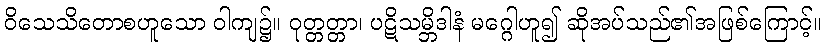
ဝိသေသိတောစဟူသော ဝါကျ၌။ ဝုတ္တတ္တာ၊ ပဋိသမ္ဘိဒါနံ မဂ္ဂေါဟူ၍ ဆိုအပ်သည်၏အဖြစ်ကြောင့်။